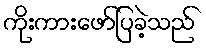
ကိုးကားဖော်ပြခဲ့သည်